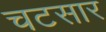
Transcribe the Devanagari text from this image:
चटसार